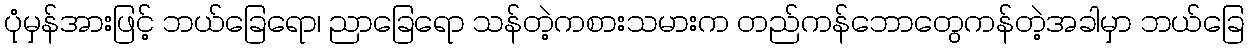
ပုံမှန်အားဖြင့် ဘယ်ခြေရော၊ ညာခြေရော သန်တဲ့ကစားသမားက တည်ကန်ဘောတွေကန်တဲ့အခါမှာ ဘယ်ခြေ